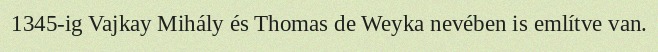
1345-ig Vajkay Mihály és Thomas de Weyka nevében is említve van.